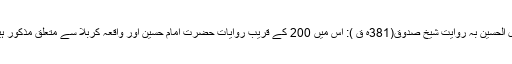
مقتل الحسین بہ روایت شیخ صدوق(381ہ ق ): اس میں 200 کے قریب روایات حضرت امام حسین اور واقعہ کربلا سے متعلق مذکور ہیں ۔